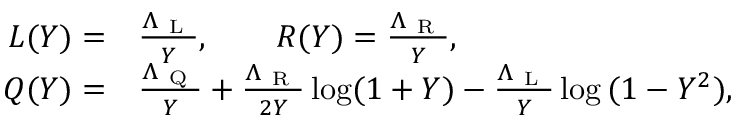
\begin{array} { r l } { L ( Y ) = } & { { } \frac { \Lambda _ { \mathrm { ~ L ~ } } } { Y } , \qquad R ( Y ) = \frac { \Lambda _ { \mathrm { ~ R ~ } } } { Y } , } \\ { Q ( Y ) = } & { { } \frac { \Lambda _ { \mathrm { ~ Q ~ } } } { Y } + \frac { \Lambda _ { \mathrm { ~ R ~ } } } { 2 Y } \log ( 1 + Y ) - \frac { \Lambda _ { \mathrm { ~ L ~ } } } { Y } \log { ( 1 - Y ^ { 2 } ) } , } \end{array}